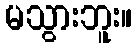
မသွားဘူး။